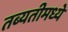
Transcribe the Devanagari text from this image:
तब्यतीमध्ये